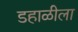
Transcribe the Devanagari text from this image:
डहाळीला